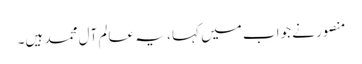
منصور نے جواب میں کہا ، یہ عالمِ آلِ محمد ہیں۔